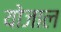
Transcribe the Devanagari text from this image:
योजाल